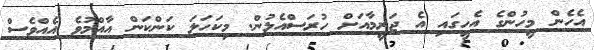
އެހެން މީހުންގެ އެހީގައި އެ ޖަރީމާއަށް ހުރަސްއެޅުން. މިކަހަލަ ކަންކަން އާއްމުވެ އެއްވެސް